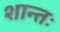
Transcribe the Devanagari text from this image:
शान्तः